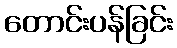
တောင်းပန်ခြင်း